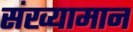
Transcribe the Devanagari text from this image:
संख्यामान